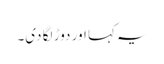
یہ کہا اور دوڑ لگا دی۔